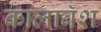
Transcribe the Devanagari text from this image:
कालाबॅश